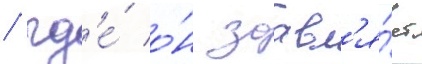
/ гд'е́ о́н заавл'я́ет